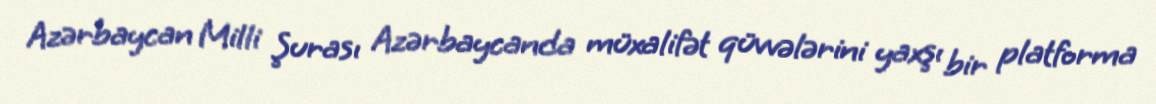
Azərbaycan Milli Şurası Azərbaycanda müxalifət qüvvələrini yaxşı bir platforma